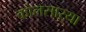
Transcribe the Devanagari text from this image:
कोलसाऱ्या